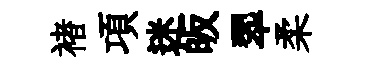
褚項迷皈翆柔